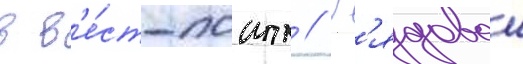
в в'е́ст-поинт // Р'ядовои